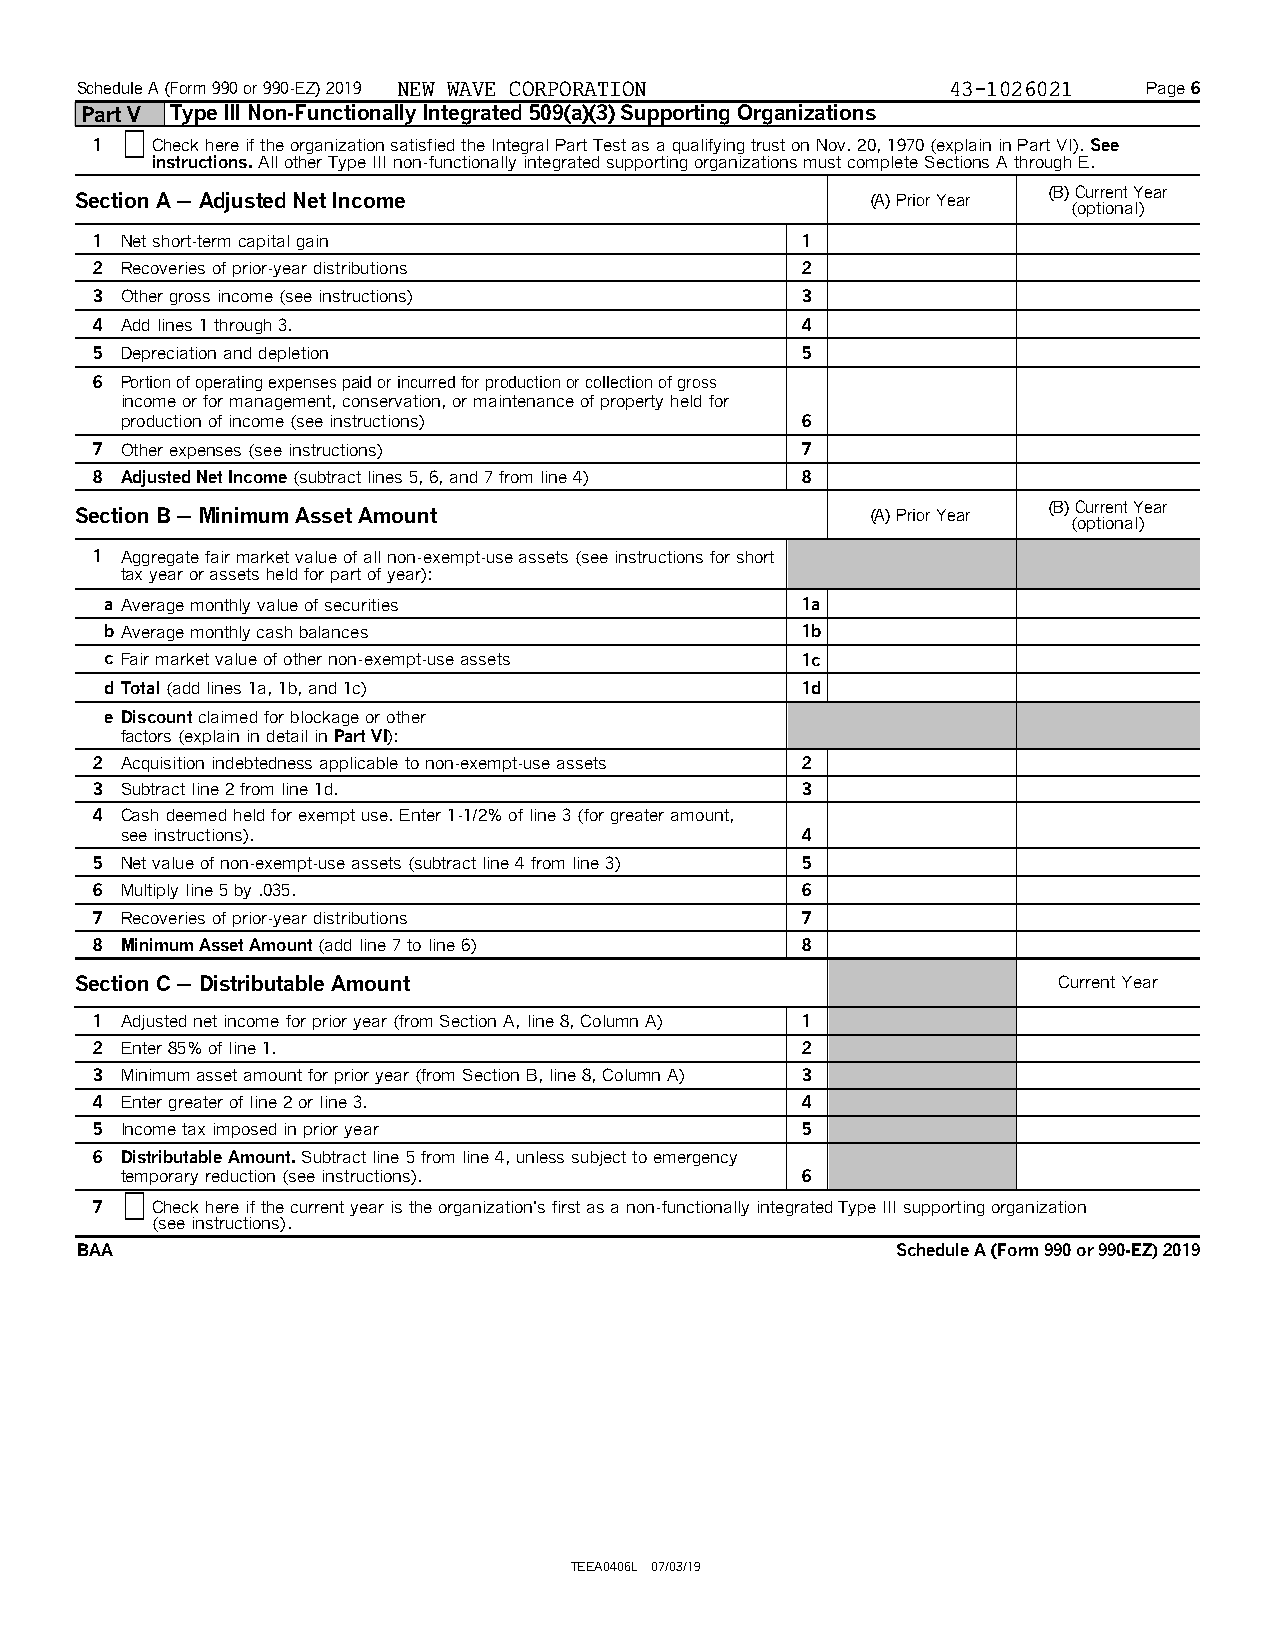
Schedule A (Form 990 or 990-EZ) 2019 NEW WAVE CORPORATION 43-1026021   Page 6
 Part V Type III Non-Functionally Integrated 509(a)(3) Supporting Organizations
 1   Check here if the organization satisfied the Integral Part Test as a qualifying trust on Nov. 20, 1970 (explain in Part VI). See
 instructions.All other Type III non-functionally integrated supporting organizations must complete Sections A through E.
 (B) Current Year
 Section A 'Adjusted Net Income                       (A) Prior Year
 (optional)
 1 Net short-term capital gain                  1
 2 Recoveries of prior-year distributions       2
 3 Other gross income (see instructions)        3
 4 Add lines 1 through 3.                       4
 5 Depreciation and depletion                   5
 6 Portion of operating expenses paid or incurred for production or collection of gross
 income or for management, conservation, or maintenance of property held for
 production of income (see instructions)      6
 7 Other expenses (see instructions)            7
 8 Adjusted Net Income(subtract lines 5, 6, and 7 from line 4) 8
 (B) Current Year
 Section B 'Minimum Asset Amount                      (A) Prior Year
 (optional)
 1 Aggregate fair market value of all non-exempt-use assets (see instructions for short
 tax year or assets held for part of year):
 a Average monthly value of securities         1a
 bAverage monthly cash balances                1b
 c Fair market value of other non-exempt-use assets 1c
 dTotal(add lines 1a, 1b, and 1c)              1d
 e Discountclaimed for blockage or other
 factors (explain in detail in Part VI):
 2 Acquisition indebtedness applicable to non-exempt-use assets 2
 3 Subtract line 2 from line 1d.                3
 4 Cash deemed held for exempt use. Enter 1-1/2% of line 3 (for greater amount,
 see instructions).                           4
 5 Net value of non-exempt-use assets (subtract line 4 from line 3) 5
 6 Multiply line 5 by .035.                     6
 7 Recoveries of prior-year distributions       7
 8 Minimum Asset Amount(add line 7 to line 6)   8
 Section C 'Distributable Amount                                  Current Year
 1 Adjusted net income for prior year (from Section A, line 8, Column A) 1
 2 Enter 85% of line 1.                         2
 3 Minimum asset amount for prior year (from Section B, line 8, Column A) 3
 4 Enter greater of line 2 or line 3.           4
 5 Income tax imposed in prior year             5
 6 Distributable Amount.Subtract line 5 from line 4, unless subject to emergency
 temporary reduction (see instructions).      6
 7   Check here if the current year is the organization's first as a non-functionally integrated Type III supporting organization
 (see instructions).
 BAA                                                   Schedule A (Form 990 or 990-EZ) 2019
 TEEA0406L 07/03/19